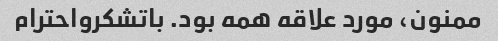
ممنون، مورد علاقه همه بود. باتشکرواحترام